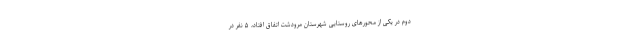
دوم در یکی از محورهای روستایی شهرستان مرودشت اتفاق افتاد، ۵ نفر در